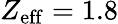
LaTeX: Z_{\mathrm{eff}}=1.8